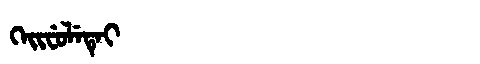
Manchu: ᡴᡝᡳᠸᡠᠯᡝᡨᡝᡳ
Romanization: KEIFULETEI